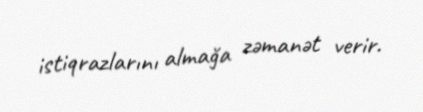
istiqrazlarını almağa zəmanət verir.